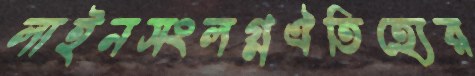
লাইনসংলগ্নঐতিহ্যের